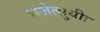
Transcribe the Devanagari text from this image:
भजेत्सुधीः